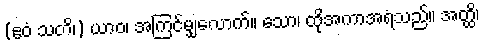
(ဧဝံ သတိ၊) ယာဝ၊ အကြင်မျှလောက်။ သော၊ ထိုအကာအရံသည်။ အတ္ထိ၊